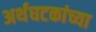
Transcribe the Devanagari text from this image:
अर्थघटकांच्या